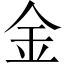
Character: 金